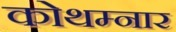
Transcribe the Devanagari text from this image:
कोथम्नार